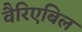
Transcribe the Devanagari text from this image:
वैरिएबिल